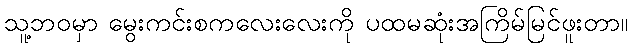
သူ့ဘဝမှာ မွေးကင်းစကလေးလေးကို ပထမဆုံးအကြိမ်မြင်ဖူးတာ။